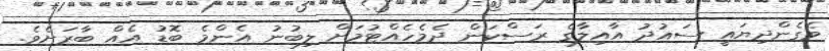
ވެގެންދިޔައީ ސައުދު އާއިލާގެ ރަސްކަން ދެމެހެއްޓުމަށް ލިބުނު އެންމެ ބޮޑު އެއް ބާރަށެވެ.